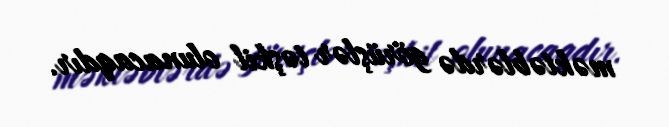
məktəblərdə görüşlər təşkil olunacaqdır.